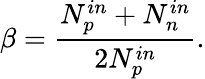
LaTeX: \beta=\frac{N_{p}^{in}+N_{n}^{in}}{2N_{p}^{in}}.